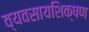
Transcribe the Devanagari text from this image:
व्यवसायशिक्षण